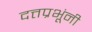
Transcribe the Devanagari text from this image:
दत्तप्रभूंनी